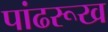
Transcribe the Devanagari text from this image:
पांढरूख